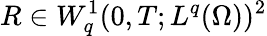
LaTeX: R\in W_{q}^{1}(0,T;L^{q}(\Omega))^{2}